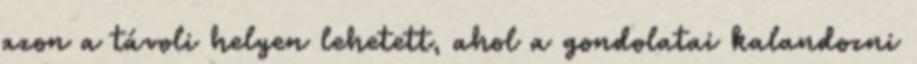
azon a távoli helyen lehetett, ahol a gondolatai kalandozni